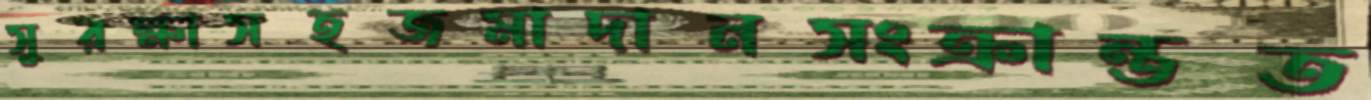
সুরক্ষাসহজমাদানসংক্রান্তত